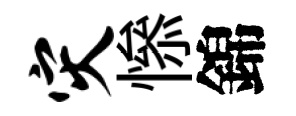
灾𢡖錦